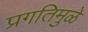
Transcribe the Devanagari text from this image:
प्रगतिमुळे